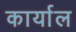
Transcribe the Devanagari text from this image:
कार्याल